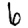
Digit: 6